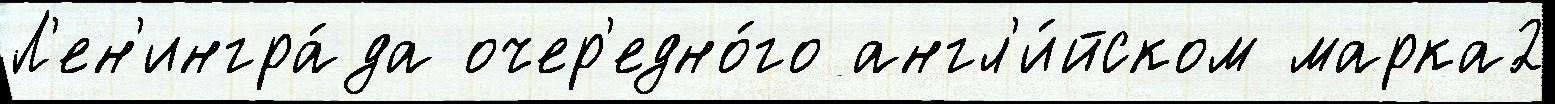
Л'ен'ингра́да очер'едно́го англ'и́йском марка2